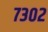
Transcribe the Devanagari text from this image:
७३०२